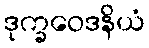
ဒုက္ခဝေဒနိယံ